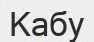
Кабу